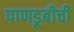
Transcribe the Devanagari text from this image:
पाणडूबीची